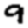
Digit: 9